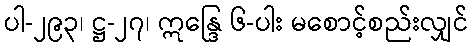
ပါ-၂၉၃၊ ဋ္ဌ-၂၇၊ ဣန္ဒြေ ၆-ပါး မစောင့်စည်းလျှင်